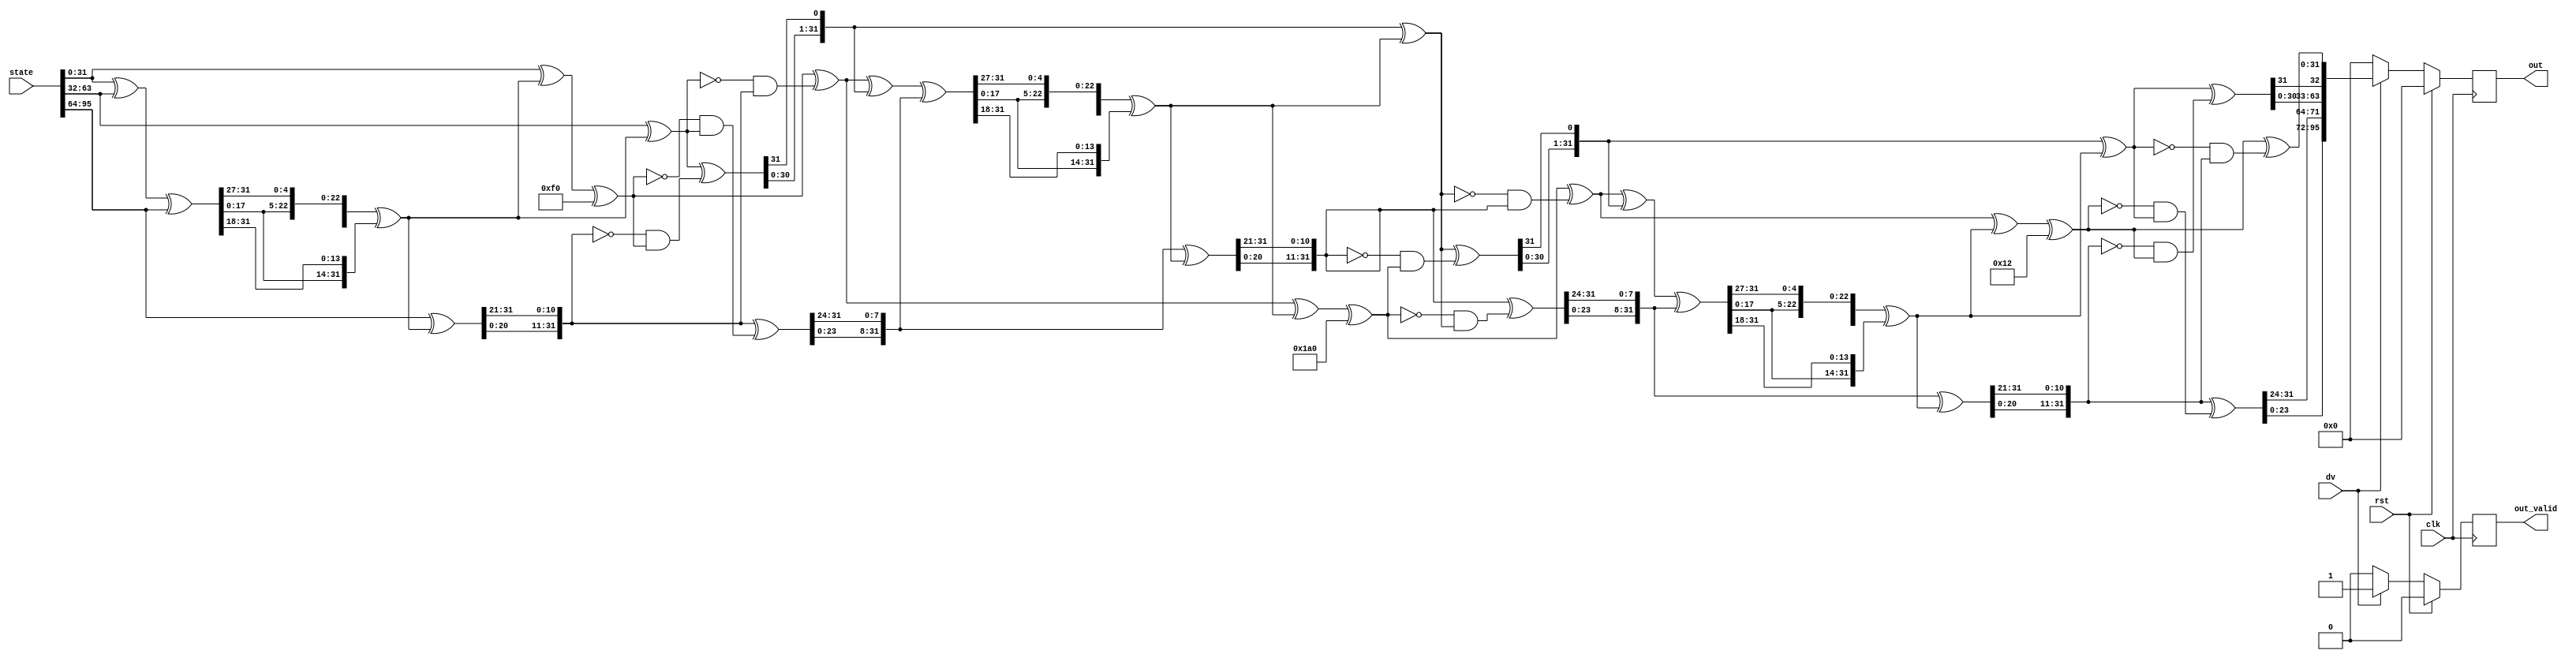

`timescale 1ns / 1ps

/*** Only full rounds are considered ***/

module xoodoo_nc#(
parameter integer x=1, //only 32 bits. No plane, only lane
parameter integer y=3, // number of (p)lanes.
parameter integer z=32, // number of bits in each lane
parameter integer CONCAT_FACTOR = 1, // how many times output to be concatanated
parameter integer HASH_SIZE = CONCAT_FACTOR*96,
parameter integer rounds = 3,
parameter integer rc_round = 12-rounds, // inorder to select the round costant for each round
parameter integer RC_0=32'h00000058,
parameter integer RC_1=32'h00000038,
parameter integer RC_2=32'h000003C0,
parameter integer RC_3=32'h000000D0,
parameter integer RC_4=32'h00000120,
parameter integer RC_5=32'h00000014,
parameter integer RC_6=32'h00000060,
parameter integer RC_7=32'h0000002C,
parameter integer RC_8=32'h00000380,
parameter integer RC_9=32'h000000F0,
parameter integer RC_10=32'h000001A0,
parameter integer RC_11=32'h00000012
)
(
input clk,
input rst,
input dv, // single pulse
input [95:0] state, // state (input message)
output [HASH_SIZE-1:0] out,
output out_valid
    );
    wire clk_i;
    wire dv_i;
    wire rst_i;
    wire [95:0] state_i;
    wire [31:0] RC [0:11];
//    reg delay_dv;

    reg [HASH_SIZE-1:0] out_o;
    reg [95:0]round_out[0:rounds-1];
    reg out_valid_o;
        
    reg [z-1:0] A [0:y-1]; //(p)lane A
    reg [z-1:0] P;
    reg [z-1:0] E;
    reg [z-1:0] B [0:y-1];
    
    assign clk_i = clk;
    assign dv_i = dv;
//    assign dv_i = dv && ~delay_dv;
    assign rst_i = rst;
    assign state_i = state;
    assign out=out_o;
    assign out_valid = out_valid_o;
    
    assign RC[0]=RC_0;
    assign RC[1]=RC_1;
    assign RC[2]=RC_2;
    assign RC[3]=RC_3;
    assign RC[4]=RC_4;
    assign RC[5]=RC_5;
    assign RC[6]=RC_6;
    assign RC[7]=RC_7;
    assign RC[8]=RC_8;
    assign RC[9]=RC_9;
    assign RC[10]=RC_10;
    assign RC[11]=RC_11;
    
    integer i,j,k;
    always@(posedge clk_i) begin
//        delay_dv <= dv;
        if(rst)begin
            out_o = 0;
            out_valid_o = 0;
            round_out[0] = 0;
            round_out[1] = 0;
            round_out[2] = 0;
        end
        else if(dv_i)begin
            //Round 1
            round_out[0]=round(state_i,RC[rc_round]);
            //Round 2
            round_out[1]=round(round_out[0],RC[rc_round+1]);
            //Round 3
            round_out[2]=round(round_out[1],RC[rc_round+2]);
            // Add more rounds according to the the value of 'rounds'
            // Concatanate round outputs if output needed is multiple of 96
            out_o = round_out[2];
            
            out_valid_o = dv_i;
        end
        else begin
            out_o = 0;
            out_valid_o = 1'b0;
        end
    end
        
    function [95:0] round;
        input [95:0] state;
        input [31:0] RC;
        begin
            A[0] = state[31:0];
            A[1] = state[63:32];
            A[2] = state[95:64];
            //theta
            P = A[0] ^ A[1] ^ A[2]; //P <-- A0 xor A1 xor A2
            E = {P[26:0],P[31:27]} ^ {P[17:0],P[31:18]}; //E <-- P <<< (1,5) xor P <<< (1,14). Since x=1, the equation reduces to E <-- P <<< (5) xor P <<< (14). <<< - cyclic shift
            for(i=0;i<y;i=i+1)begin
                A[i] = A[i] ^ E;
            end
            //rhowest 
            A[2] = {A[2][20:0],A[2][31:21]}; //A2 <-- A2 <<< (0,11). A1 <-- A1 <<< (1,0) removed as x=1.
            //iota
            A[0] = A[0] ^ RC;
            //chi
            B[0] = ~A[1] & A[2];
            B[1] = ~A[2] & A[0];
            B[2] = ~A[0] & A[1];
            for(j=0;j<y;j=j+1)begin
                A[j] = A[j] ^ B[j];
            end
            //rhoeast 
            A[1] = {A[1][30:0],A[1][31]}; //A1 <-- A1 <<< (0,1); reduces to A1 <-- A1 <<< (1)
            A[2] = {A[2][23:0],A[2][31:24]}; //A2 <-- A2 <<< (2,8); reduces to A2 <-- A2 <<< (8)
            
            round={A[2],A[1],A[0]};
        end
    endfunction

endmodule